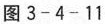
图3-4-11